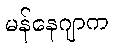
မန်နေဂျာက